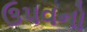
ઉપવનો